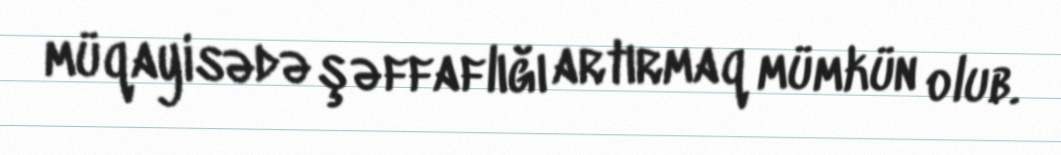
müqayisədə şəffaflığı artırmaq mümkün olub.